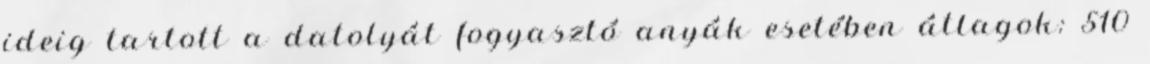
ideig tartott a datolyát fogyasztó anyák esetében átlagok: 510